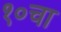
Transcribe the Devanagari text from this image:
१०चा